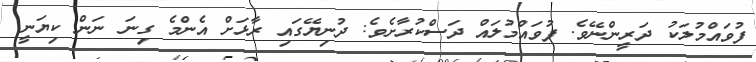
ފުވައްމުލަކު ދަރީންނޭވެ. ފުވައްމުލައް ދަސްކުރާށެވެ: ދުނިޔޭގައި ރާޅަށް އެންމެ ގިނަ ނަން ކިޔަނީ